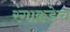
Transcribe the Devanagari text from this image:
रंगाकडेच